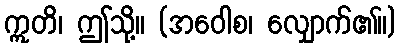
ဣတိ၊ ဤသို့။ (အဝေါစ၊ လျှောက်၏။)